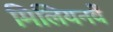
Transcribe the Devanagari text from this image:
मिलियनवें